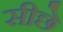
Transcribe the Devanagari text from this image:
सीछे